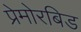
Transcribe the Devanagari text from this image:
प्रेमोरबिड